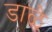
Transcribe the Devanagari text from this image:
डाळे